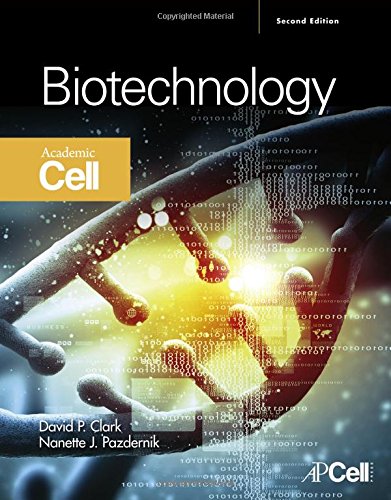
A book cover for Biotechnology, Second Edition; David P. Clark BA (honors)Christ's College Cambridge  1973<br>PhD University of Brsitol (England)  1977; Medical Books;